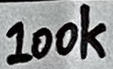
Text: 100k